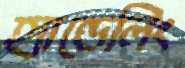
হ্যান্ডেলিং